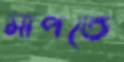
মাপতে